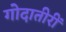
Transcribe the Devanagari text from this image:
गोदातीरीं